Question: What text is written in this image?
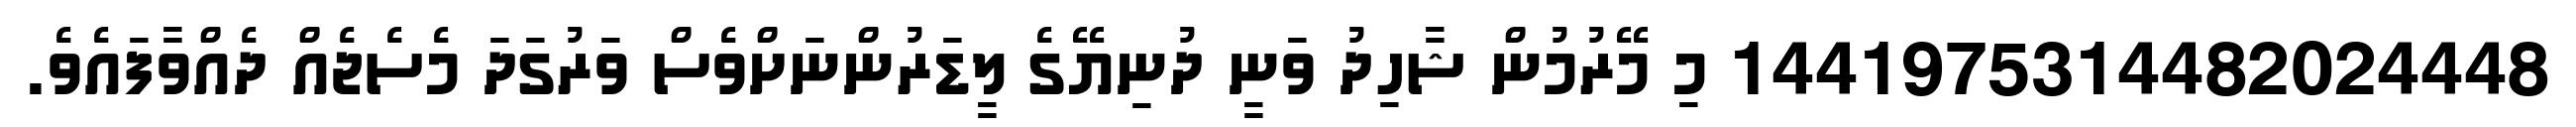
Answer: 1441975314482024448 މި މޭރުމުން ޝާހިދު ވަނީ ދުނިޔޭގެ ލީޑަރުންނަށްވެސް ވަރުގަދަ މެސެޖެއް ދެއްވާފައެވެ.